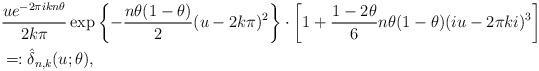
LaTeX: \begin{align*}&\frac{u e^{-2\pi i kn\theta}}{2k\pi} \exp\left\{-\frac{n\theta(1-\theta)}{2}(u-2k\pi)^2\right\} \cdot \left[1 + \frac{1-2\theta}{6}n\theta(1-\theta)(iu - 2\pi k i)^3 \right]\\&=: \hat{\delta}_{n,k}(u;\theta),\end{align*}